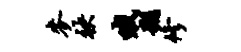
麦袂哦朔修